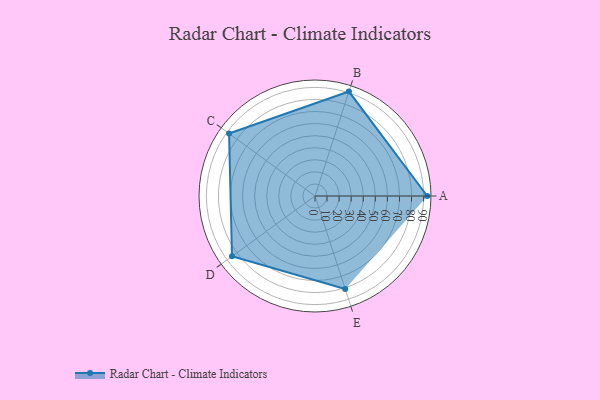
{"axis": {"x": "Skill", "y": "Score"}, "legend": ["Profile"], "data": [{"x": "A", "y": 93.0, "type": "Profile"}, {"x": "B", "y": 91.0, "type": "Profile"}, {"x": "C", "y": 88.0, "type": "Profile"}, {"x": "D", "y": 85.0, "type": "Profile"}, {"x": "E", "y": 81.0, "type": "Profile"}]}